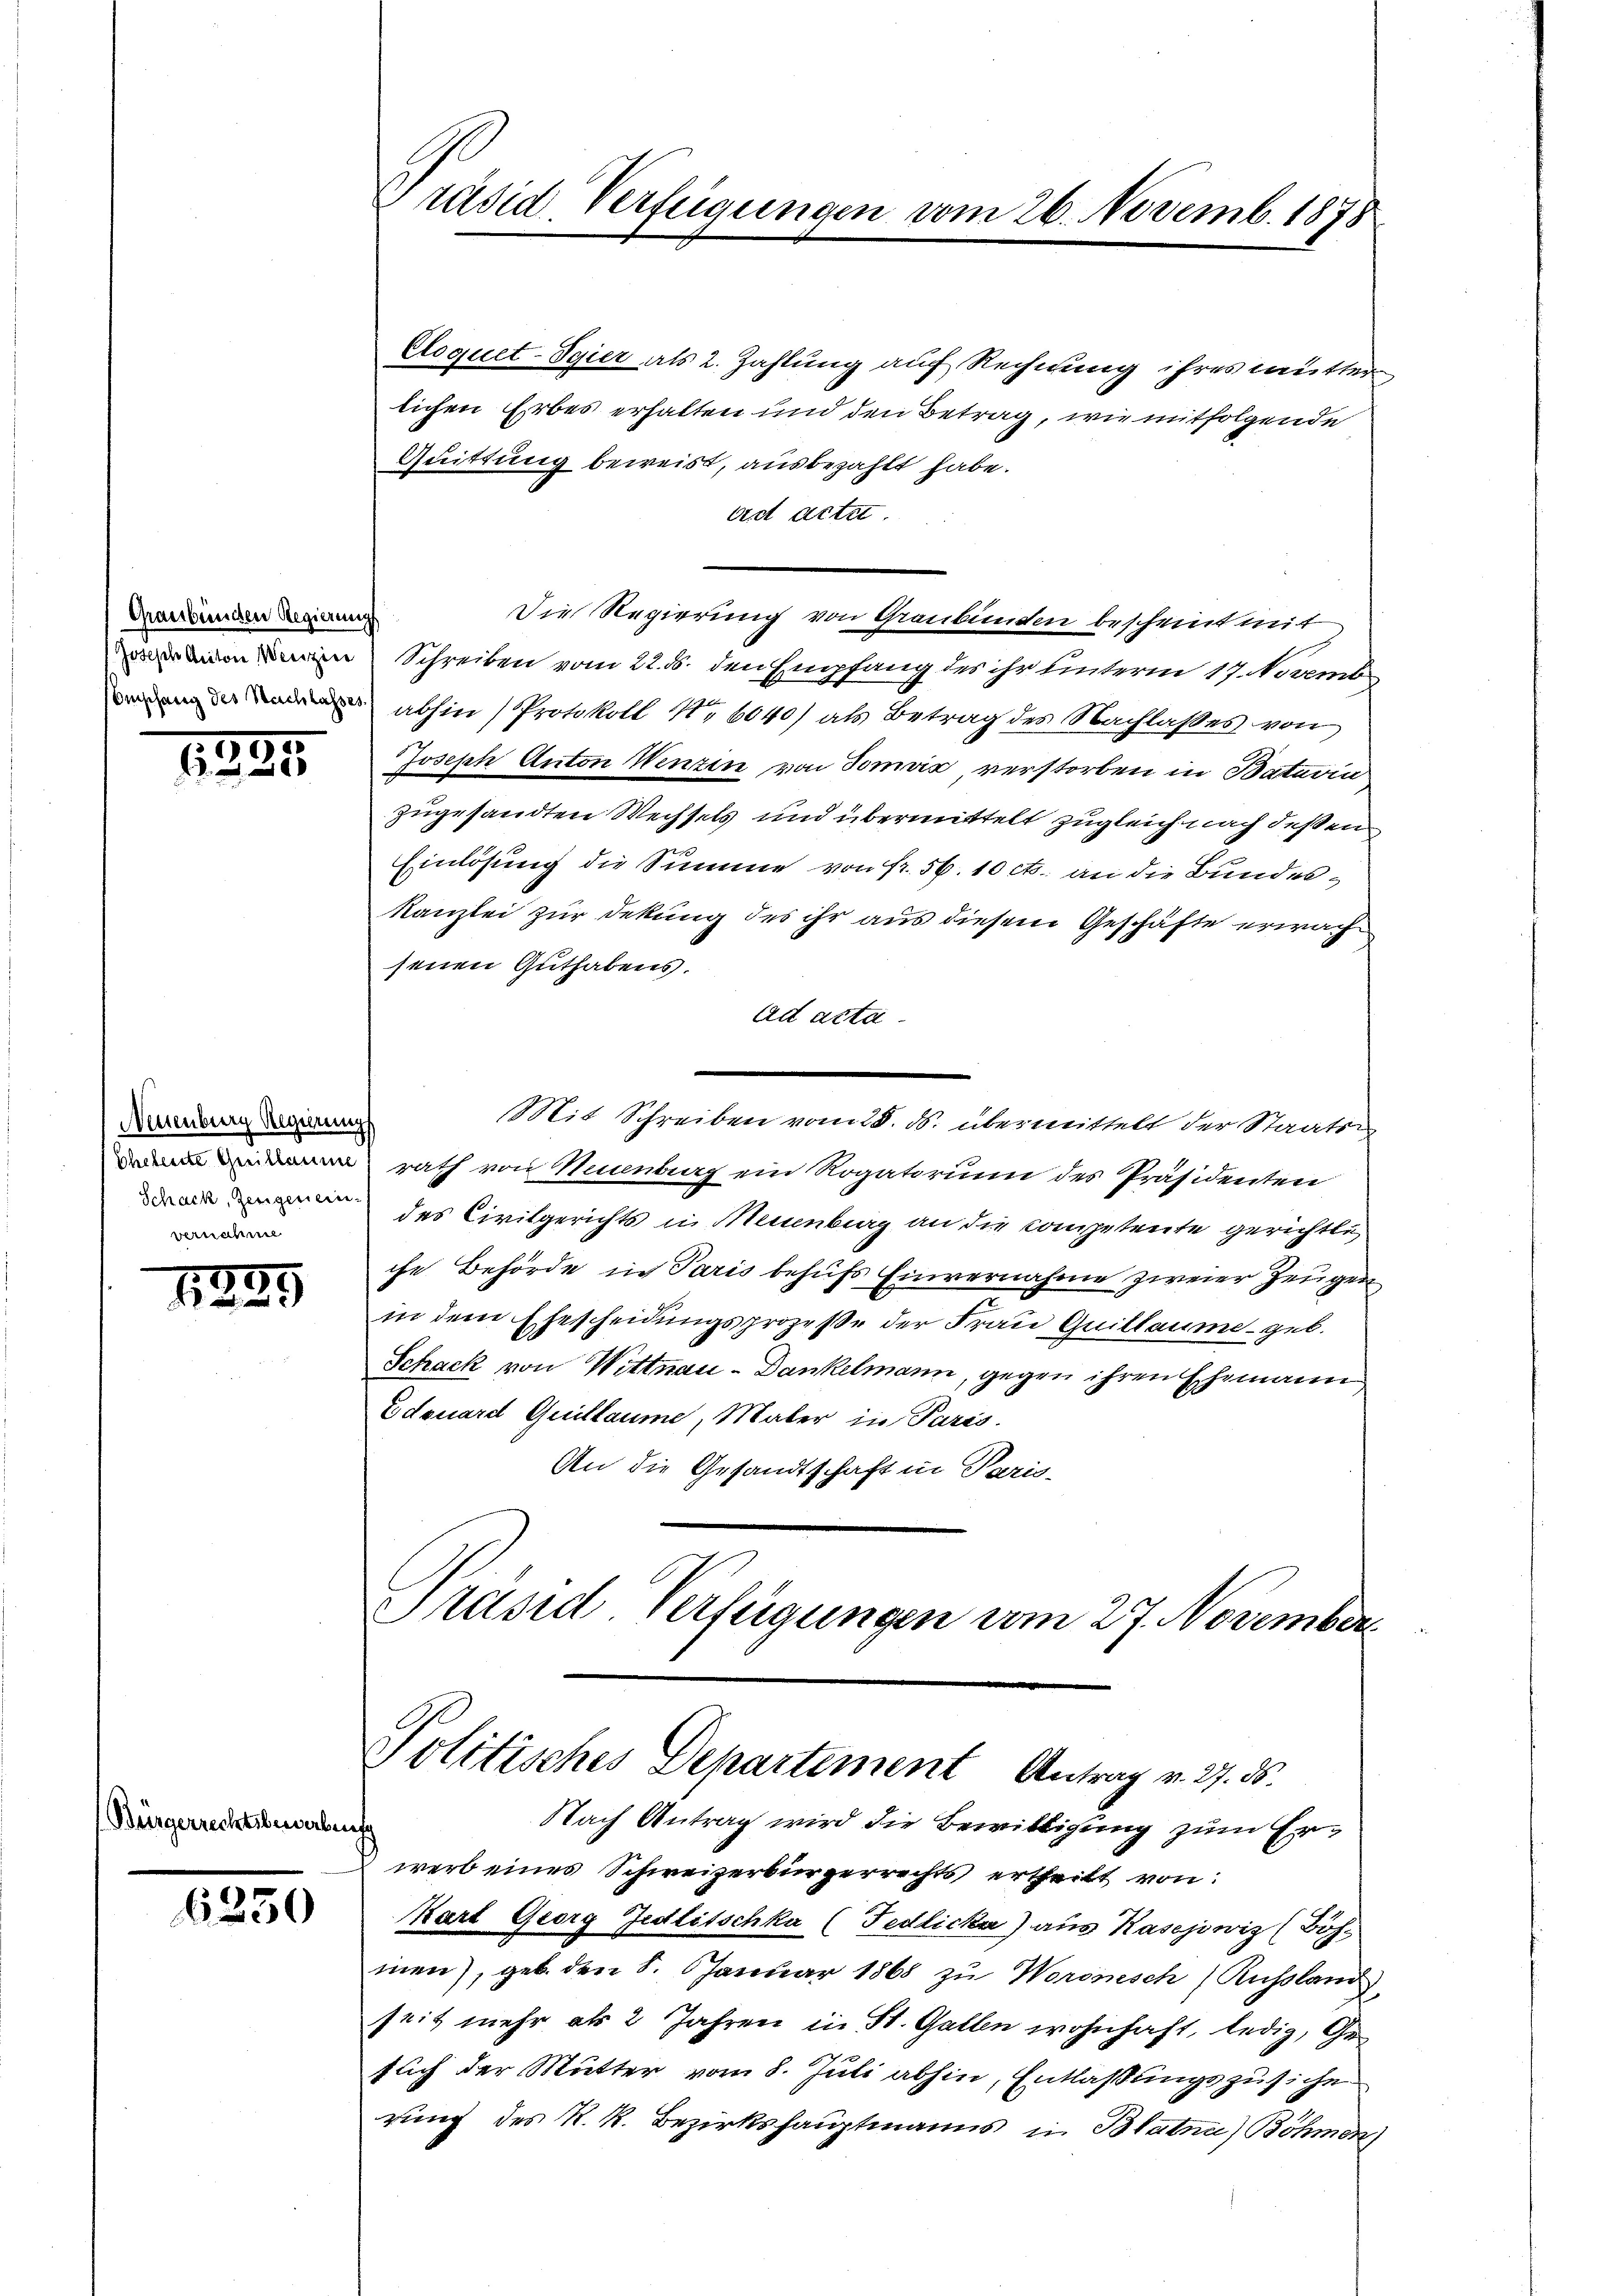
Graubünden Regierun
Joseph Aciton Werizier
Empfang des Nachlasser

.
135

Neuenburg Regierung
bhebente Grillaume
Schack, Zeugeneinvernahme

1835

(Bürgerrechtsbewerben

6330

Präsid Verfügungen vom 26. Novemb. 1878

Cloquet-Syier als 2. Zahlung auf Rechnung ihres mutter
lichen Erbes erhalten und den Betrag, wie mitfolgende
Quittung beweist, ausbezahlt habe.
ad acte.
Die Regierung von Graubünden bescheint mit
Schreiben vom 22. ds. den Empfang des ihr unterm 17. Novemb
abhin (Protokoll No 6040) als Betrag des Nachlaßes von
Joseph Anton Wenzen von Tomvić verstorben in Baturin
zugesandten Wechsels und übermittelt zugleich nach deßen
Einlösung die Summe von fr. 56. 10 c. an die Bundes¬
Kanzlei zur Dekung des ihr aus diesem Geschäfte erwach
senen Guthabens.
ad acta
Mit Schreiben vom 28. ds. übermittelt der Staatsrath von Neuenburg ein Rogatorum des Präsidenten
des Civilgerichts in Neuenburg an die Competente gerichtlich
che Behörde in Paris behufs Einvernahme zweier Zeugen
in dem Ehescheidungsprozeße der Frau Quillaume geb.
Schack von Wittnau - Dankelmann, gegen ihren Ehemann
Edouard Quillaume, Maler in Paris.
An die Gesandtschaft in Paris
Präsid. Verfügungen am 27. November

Politisches Departement Antrag v. 27. ds.

Nach Antrag wird die Bewilligung zum Ere
werb eines Schweizerbürgerrechts ertheilt von:
kart Georg Jedlitschka (Fedlicka) aus Kasejwiz (Böhmen), geb. den 8. Januar 1868 zu Woronisch Russland
seit mehr als 2 Jahren in St. Gallen wohnhaft, ledig, Gefach der Mutter vom 8. Juli abhin, Entlaßungszusiche
rung des R. R. Bezirkshauptmanns in Blatnn) Böhmen